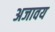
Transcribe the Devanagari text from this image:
अजावय